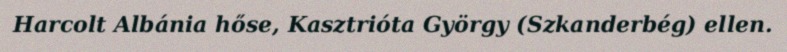
Harcolt Albánia hőse, Kasztrióta György (Szkanderbég) ellen.